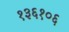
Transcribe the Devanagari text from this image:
१३६१०६